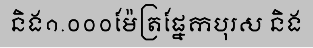
និង១.០០០ម៉ែត្រផ្នែកបុរស និង